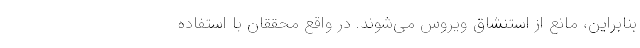
بنابراین، مانع از استنشاق ویروس می‌شوند. در واقع محققان با استفاده